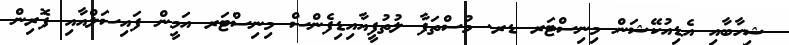
ޝިހާބާއި އެޑިއުކޭޝަން މިނިސްޓަރ ޑރ. މުސްތަފާ ލުތުފީއާއިޑިފެންސް މިނިސްޓަރ އަމީން ފައިސަލްއާއި ފޮރިން